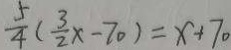
\frac { 5 } { 4 } ( \frac { 3 } { 2 } x - 7 0 ) = x + 7 0